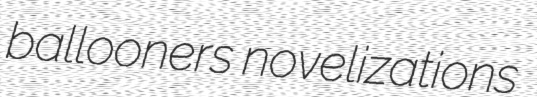
ballooners novelizations